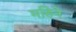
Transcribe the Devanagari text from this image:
महिनेे